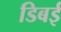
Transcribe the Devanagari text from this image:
डिबई